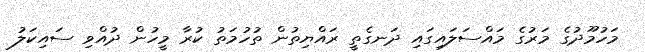
މަހުމޫދުގެ މަރުގެ މައްސަލައިގައި ދަނގެތީ ރައްޔިތުން ތުހުމަތު ކުރާ މީހުން ދުއްވި ސައިކަލު